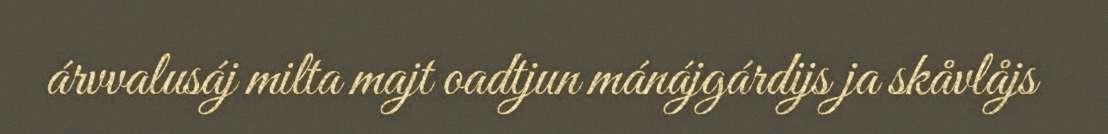
árvvalusáj milta majt oadtjun mánájgárdijs ja skåvlåjs